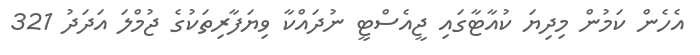
އެހެން ކަމުން މިދިޔަ ކުއާޓާގައި ޖީއެސްޓީ ނުދައްކާ ވިޔަފާރިތަކުގެ ޖުމްލަ އަދަދު 321